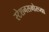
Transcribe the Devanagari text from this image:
स्टेशनसमोरच्या